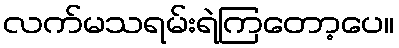
လက်မသရမ်းရဲကြတော့ပေ။